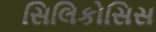
સિલિકોસિસ